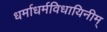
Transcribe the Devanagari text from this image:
धर्माधर्मविधायिनीम्